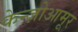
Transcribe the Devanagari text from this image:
केन्ज़ोआमूर